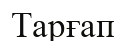
Тарғап